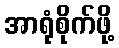
အာရုံစိုက်ဖို့